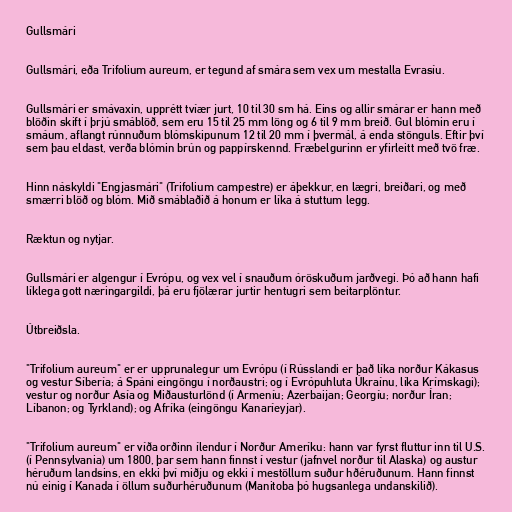
Gullsmári

Gullsmári, eða Trifolium aureum, er tegund af smára sem vex um mestalla Evrasíu.

Gullsmári er smávaxin, upprétt tvíær jurt, 10 til 30 sm há. Eins og allir smárar er hann með
blöðin skift í þrjú smáblöð, sem eru 15 til 25 mm löng og 6 til 9 mm breið. Gul blómin eru í
smáum, aflangt rúnnuðum blómskipunum 12 til 20 mm í þvermál, á enda stönguls. Eftir því
sem þau eldast, verða blómin brún og pappírskennd. Fræbelgurinn er yfirleitt með tvö fræ.

Hinn náskyldi "Engjasmári" (Trifolium campestre) er áþekkur, en lægri, breiðari, og með
smærri blöð og blóm. Mið smáblaðið á honum er líka á stuttum legg.

Ræktun og nytjar.

Gullsmári er algengur í Evrópu, og vex vel í snauðum óröskuðum jarðvegi. Þó að hann hafi
líklega gott næringargildi, þá eru fjölærar jurtir hentugri sem beitarplöntur.

Útbreiðsla.

"Trifolium aureum" er er upprunalegur um Evrópu (í Rússlandi er það líka norður Kákasus
og vestur Síbería; á Spáni eingöngu í norðaustri; og í Evrópuhluta Úkraínu, líka Krímskagi);
vestur og norður Asía og Miðausturlönd (í Armeníu; Azerbaijan; Georgíu; norður Íran;
Líbanon; og Tyrkland); og Afríka (eingöngu Kanaríeyjar).

"Trifolium aureum" er víða orðinn ílendur í Norður Ameríku: hann var fyrst fluttur inn til U.S.
(í Pennsylvania) um 1800, þar sem hann finnst í vestur (jafnvel norður til Alaska) og austur
héruðum landsins, en ekki því miðju og ekki í mestöllum suður hðéruðunum. Hann finnst
nú einig í Kanada í öllum suðurhéruðunum (Manitoba þó hugsanlega undanskilið).